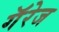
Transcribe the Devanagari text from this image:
गॅरेज